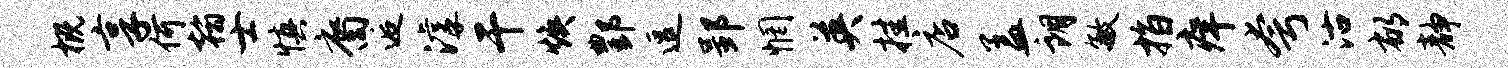
概享何翰士慎裔逅滹干焕酆逗郢惘英挂店盖朗敏指痒夸沽郁静